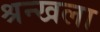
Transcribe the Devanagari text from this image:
श्रन्खला